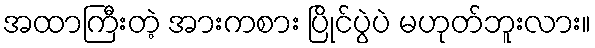
အထာကြီးတဲ့ အားကစား ပြိုင်ပွဲပဲ မဟုတ်ဘူးလား။